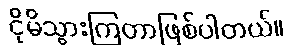
ငိုမိသွားကြတာဖြစ်ပါတယ်။